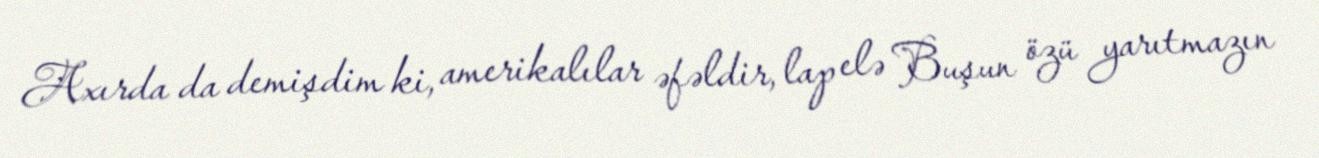
Axırda da demişdim ki, amerikalılar əfəldir, lap elə Buşun özü yarıtmazın